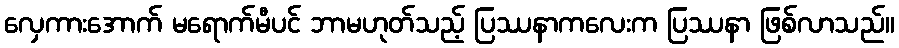
လှေကားအောက် မရောက်မီပင် ဘာမဟုတ်သည့် ပြဿနာကလေးက ပြဿနာ ဖြစ်လာသည်။